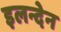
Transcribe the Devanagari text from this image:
इलन्देन